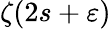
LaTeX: \zeta(2s+\varepsilon)